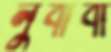
লুবাবা